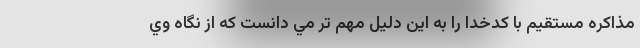
مذاكره مستقيم با كدخدا را به اين دليل مهم تر مي دانست كه از نگاه وي